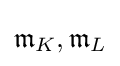
{\mathfrak {m}}_{K},{\mathfrak {m}}_{L}